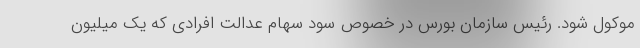
موکول شود. رئیس سازمان بورس در خصوص سود سهام عدالت افرادی که یک میلیون